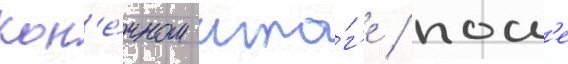
кон'е́чном ито́г'е / посл'е